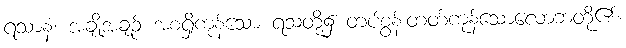
ရသာနံ၊ အချို့အချဉ် အစရှိကုန်သော ရသတို့၌ တပ်စွန်းတတ်ကုန်သောလောဘတို့၏။